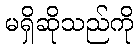
မရှိဆိုသည်ကို